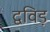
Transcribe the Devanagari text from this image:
द्वविड़